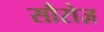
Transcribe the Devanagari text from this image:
सौरोज़